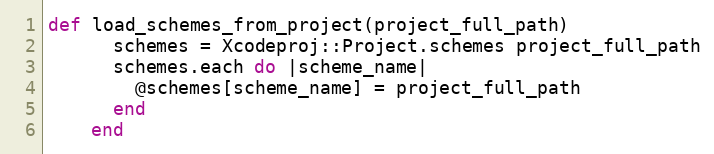
Language: Ruby
def load_schemes_from_project(project_full_path)
      schemes = Xcodeproj::Project.schemes project_full_path
      schemes.each do |scheme_name|
        @schemes[scheme_name] = project_full_path
      end
    end